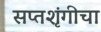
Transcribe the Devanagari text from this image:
सप्तशृंगीचा